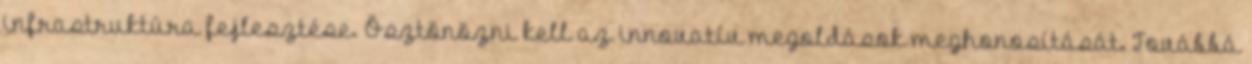
infrastruktúra fejlesztése. Ösztönözni kell az innovatív megoldások meghonosítását. Továbbá